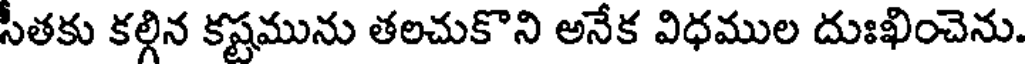
సీతకు కల్గిన కష్టమును తలచుకొని అనేక విధముల దుఃఖించెను.